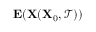
\mathbf { E } ( \mathbf { X } ( \mathbf { X } _ { 0 } , \mathcal { T } ) )